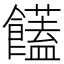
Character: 饚